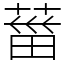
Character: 葘